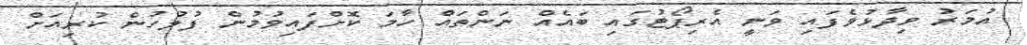
އުމަރު ވިދާޅުވެފައި ވަނީ އެރިޕޯޓުގައި ބައެއް ނަންތައް ހާމަ ކޮށްފައިވުމުން ފުލުހުން ކުރިއަށް